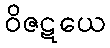
ဝိဇဋယေ